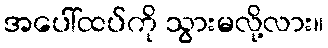
အပေါ်ထပ်ကို သွားမလို့လား။